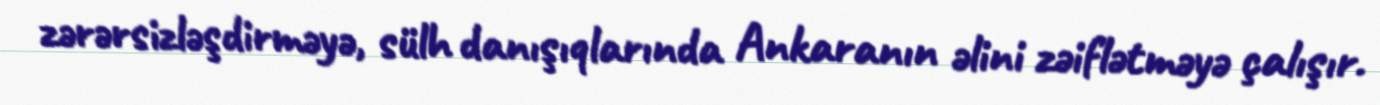
zərərsizləşdirməyə, sülh danışıqlarında Ankaranın əlini zəiflətməyə çalışır.